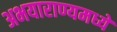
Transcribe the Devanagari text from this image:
अभयाराण्यमध्ये